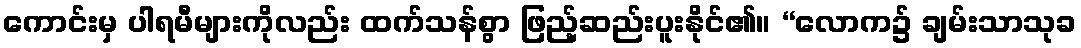
ကောင်းမှ ပါရမီများကိုလည်း ထက်သန်စွာ ဖြည့်ဆည်းပူးနိုင်၏။ “လောက၌ ချမ်းသာသုခ